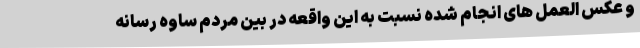
و عکس العمل های انجام شده نسبت به این واقعه در بین مردم ساوه رسانه